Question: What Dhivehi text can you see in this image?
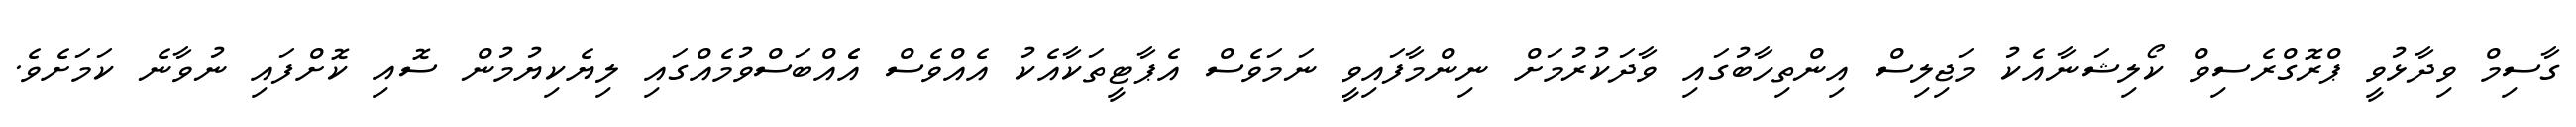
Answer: ގާސިމް ވިދާޅުވީ ޕްރޮގްރެސިވް ކޯލިޝަނާއެކު މަޖިލިސް އިންތިހާބުގައި ވާދަކުރުމަށް ނިންމާފައިވީ ނަމަވެސް އެޕާޓީތަކާއެކު އެއްވެސް އެެއްބަސްވުމެއްގައި ލިޔެކިޔުމުން ސޮއި ކޮށްފައި ނުވާނެ ކަމަށެވެ.